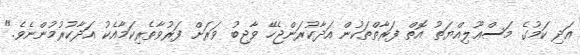
އަދި ކަމުގެ މަސްޢޫލިއްޔަތު އޮތް ފަރާތްތަކުން އަދާކުރަންޖެހޭ ވާޖިބު ވަރަށް ފަރުވާތެރިކަމާއެކު އަދާކުރުމުންނެވެ."